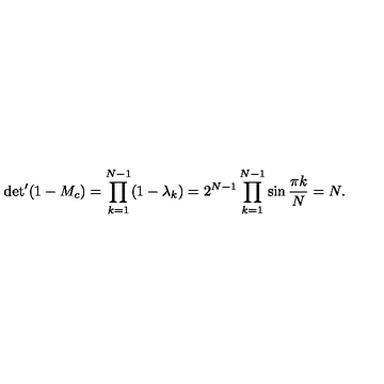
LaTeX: { { \det } ^ { \prime } ( 1 - M _ { c } ) = \prod _ { k = 1 } ^ { N - 1 } ( 1 - \lambda _ { k } ) = 2 ^ { N - 1 } \prod _ { k = 1 } ^ { N - 1 } \sin { \frac { \pi k } { N } } = N . }